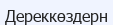
Дереккөздерн